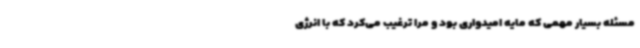
مسئله بسیار مهمی که مایه امیدواری بود و مرا ترغیب می‌کرد که با انرژی